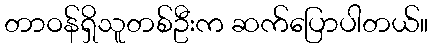
တာဝန်ရှိသူတစ်ဦးက ဆက်ပြောပါတယ်။